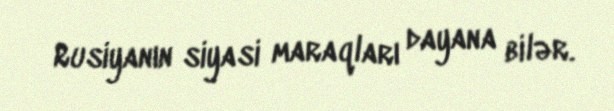
Rusiyanın siyasi maraqları dayana bilər.